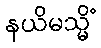
နယိမသ္မိံ